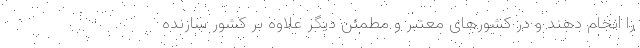
را انجام دهند و در کشورهای معتبر و مطمئن دیگر علاوه بر کشور سازنده